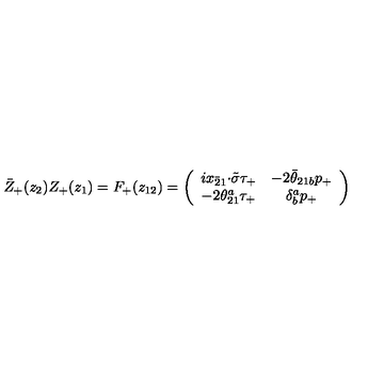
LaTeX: \bar { Z } _ { + } ( z _ { 2 } ) Z _ { + } ( z _ { 1 } ) = F _ { + } ( z _ { 1 2 } ) = \left( \begin{array} { c c } { i x _ { \bar { 2 } 1 } { \cdot \tilde { \sigma } } \tau _ { + } } & { - 2 \bar { \theta } _ { 2 1 b } p _ { + } } \\ { - 2 \theta _ { 2 1 } ^ { a } \tau _ { + } } & { \delta _ { b } ^ { a } p _ { + } } \\ \end{array} \right)